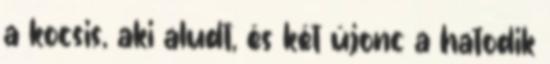
a kocsis, aki aludt, és két újonc a hatodik